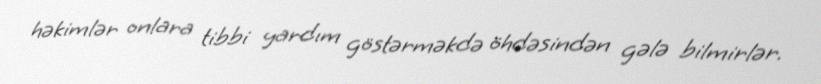
həkimlər onlara tibbi yardım göstərməkdə öhdəsindən gələ bilmirlər.